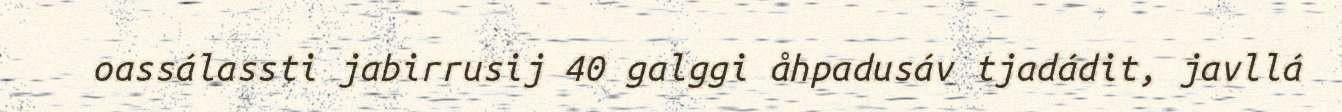
oassálassti jabirrusij 40 galggi åhpadusáv tjadádit, javllá